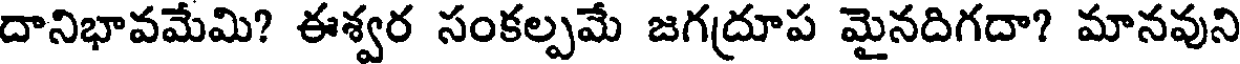
దానిభావమేమి? ఈశ్వర సంకల్పమే జగద్రూప మైనదిగదా? మానవుని